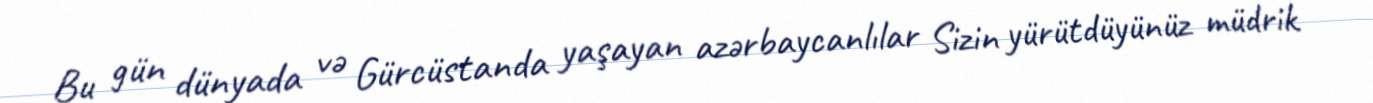
Bu gün dünyada və Gürcüstanda yaşayan azərbaycanlılar Sizin yürütdüyünüz müdrik